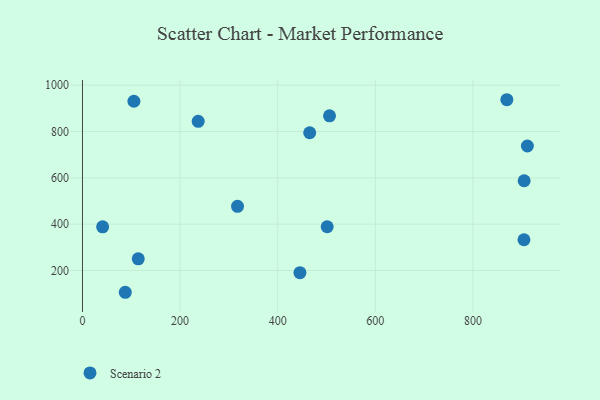
{"axis": {"x": "Investment", "y": "Sales"}, "legend": ["Scenario 2"], "data": [{"x": "869.5", "y": 937.3, "type": "Scenario 2"}, {"x": "904.6", "y": 332.8, "type": "Scenario 2"}, {"x": "501.4", "y": 388.9, "type": "Scenario 2"}, {"x": "905.0", "y": 587.6, "type": "Scenario 2"}, {"x": "237.1", "y": 843.9, "type": "Scenario 2"}, {"x": "114.3", "y": 250.3, "type": "Scenario 2"}, {"x": "41.3", "y": 388.8, "type": "Scenario 2"}, {"x": "465.6", "y": 794.8, "type": "Scenario 2"}, {"x": "105.4", "y": 930.8, "type": "Scenario 2"}, {"x": "317.7", "y": 477.1, "type": "Scenario 2"}, {"x": "87.7", "y": 106.1, "type": "Scenario 2"}, {"x": "506.2", "y": 867.6, "type": "Scenario 2"}, {"x": "911.6", "y": 737.5, "type": "Scenario 2"}, {"x": "445.6", "y": 190.7, "type": "Scenario 2"}]}